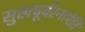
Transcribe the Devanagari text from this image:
सुखघूर्वरनामेति